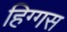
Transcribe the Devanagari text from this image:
हिग्गस